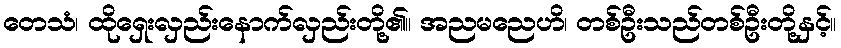
တေသံ၊ ထိုရှေးလှည်းနောက်လှည်းတို့၏။ အညမညေဟိ၊ တစ်ဦးသည်တစ်ဦးတို့နှင့်။